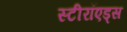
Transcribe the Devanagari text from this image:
स्टीरॉएड्स